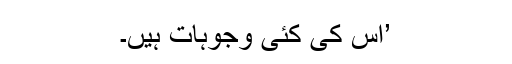
’اس کی کئی وجوہات ہیں۔